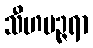
သီဟပဉ္ဇရာ